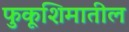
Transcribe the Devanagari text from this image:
फुकूशिमातील